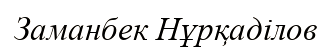
Заманбек Нұрқаділов